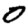
Digit: 0